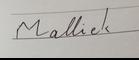
Signature authenticity: forged